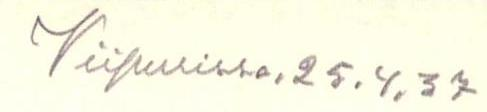
Viipurissa.25.4.37